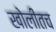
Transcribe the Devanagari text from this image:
खोलीतच